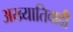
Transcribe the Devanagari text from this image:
अख्यातिवादी